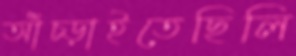
আঁচ্‌ড়াইতেছিলি